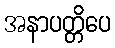
အနာပတ္တိပေ